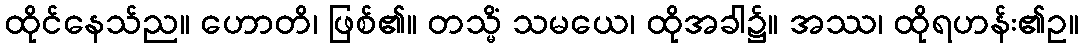
ထိုင်နေသ်ည။ ဟောတိ၊ ဖြစ်၏။ တသ္မိံ သမယေ၊ ထိုအခါ၌။ အဿ၊ ထိုရဟန်း၏ဥ။